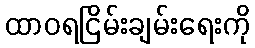
ထာဝရငြိမ်းချမ်းရေးကို